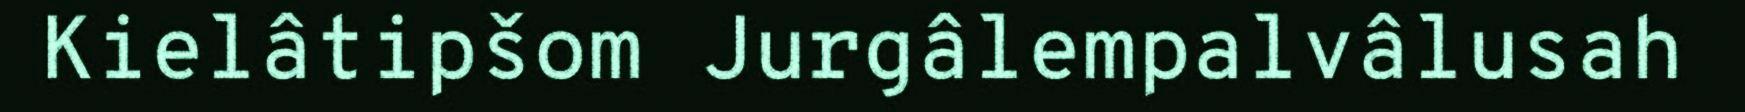
Kielâtipšom Jurgâlempalvâlusah